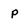
Character: P